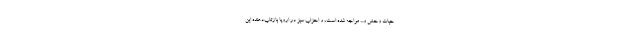
حیات وحش و... مواجه شده است، و احزاب سبز در اروپا بازتاب‌دهنده این